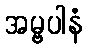
အမ္ဗပါနံ